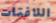
اللافتات